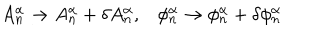
A _ { n } ^ { \alpha } \rightarrow A _ { n } ^ { \alpha } + \delta A _ { n } ^ { \alpha } , \phi _ { n } ^ { \alpha } \rightarrow \phi _ { n } ^ { \alpha } + \delta \phi _ { n } ^ { \alpha }